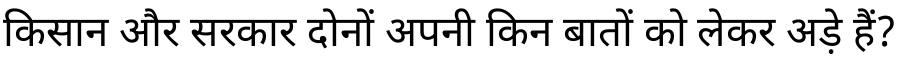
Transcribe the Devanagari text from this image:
किसान और सरकार दोनों अपनी किन बातों को लेकर अड़े हैं?